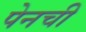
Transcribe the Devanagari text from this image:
पेनची